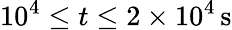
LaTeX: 10^{4}\le t\le 2\times 10^{4}\, \mathrm{s}